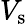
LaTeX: V_{\textrm{s}}